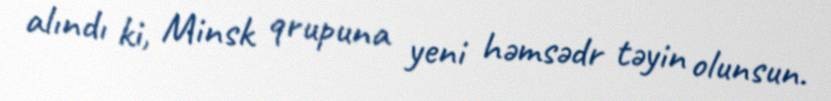
alındı ki, Minsk qrupuna yeni həmsədr təyin olunsun.